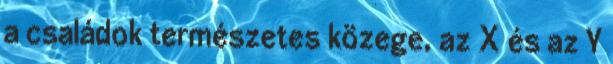
a családok természetes közege, az X és az Y